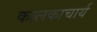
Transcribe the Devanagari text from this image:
कालकाचार्य